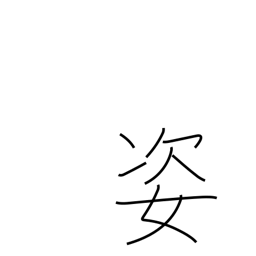
Meaning: shape